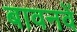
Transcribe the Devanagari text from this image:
बावनवें